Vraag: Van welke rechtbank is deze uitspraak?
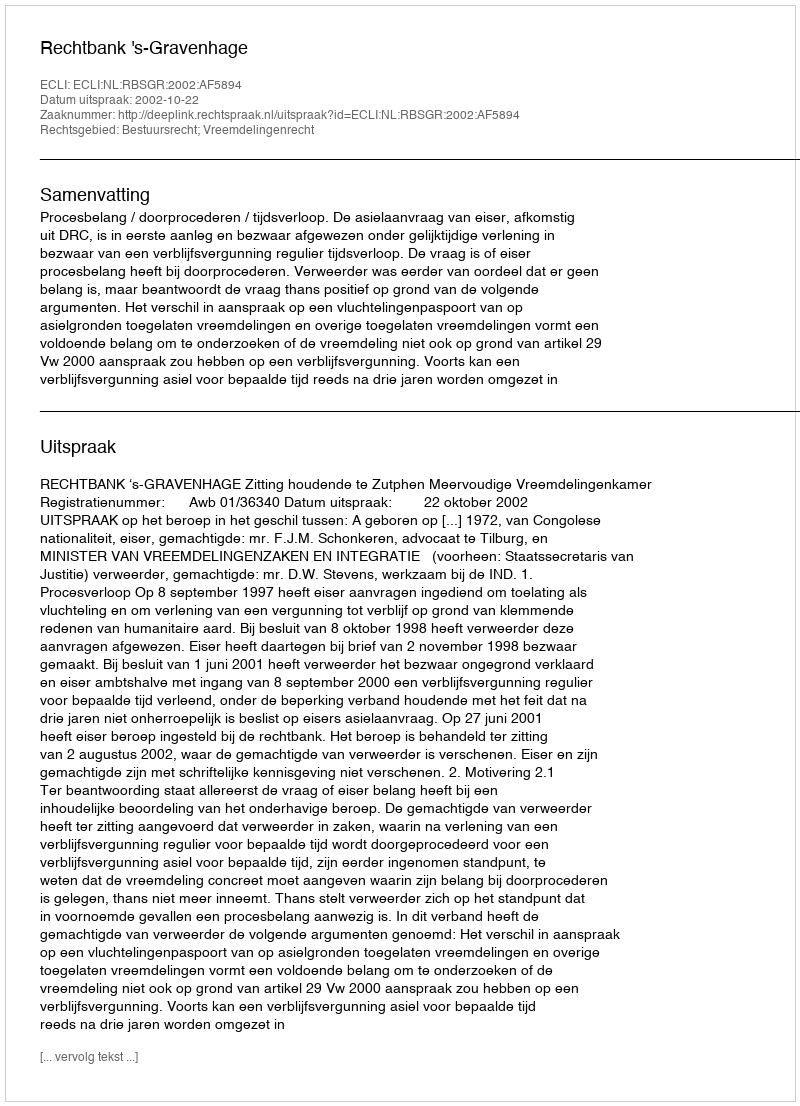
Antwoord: Rechtbank 's-Gravenhage